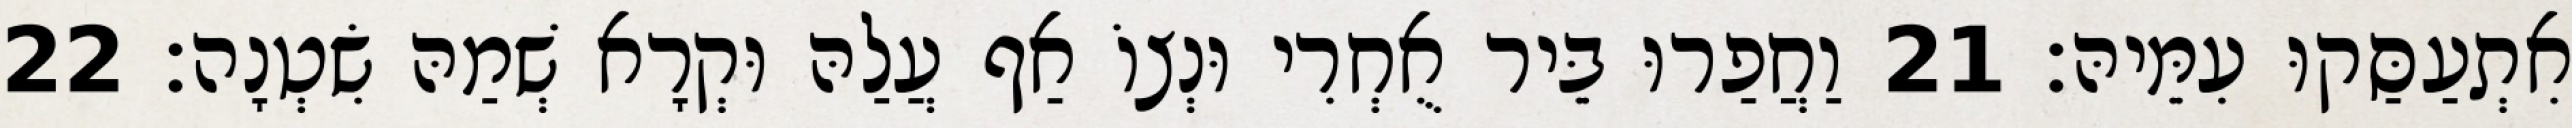
אִתְעַסַּקוּ עִמֵּיהּ׃ 21 וַחֲפַרוּ בֵּיר אֻחְרִי וּנְצוֹ אַף עֲלַהּ וּקְרָא שְׁמַהּ שִׂטְנָה׃ 22